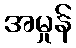
အမှုန်